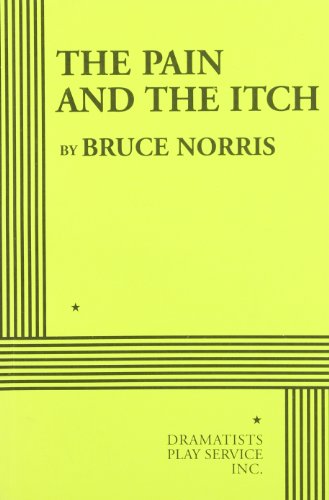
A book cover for The Pain and the Itch - Acting Edition; Bruce Norris; Humor & Entertainment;